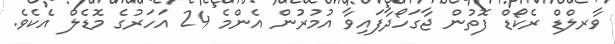
ވާރލްޑް ރެކޯޑް ފޮތުން ޖާގަހޯދާފައިވާ އުމުރުން އެންމެ 24 އަހަރުގެ މޮޑެލް އެކެވެ.